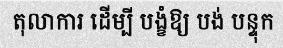
តុលាការ ដើម្បី បង្ខំឱ្យ បង់ បន្ទុក